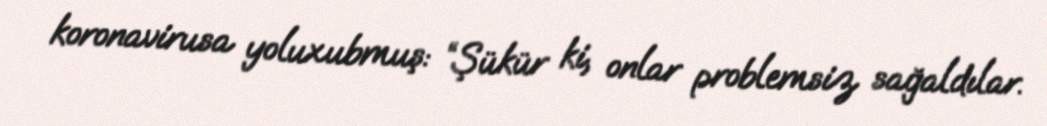
koronavirusa yoluxubmuş: “Şükür ki, onlar problemsiz sağaldılar.